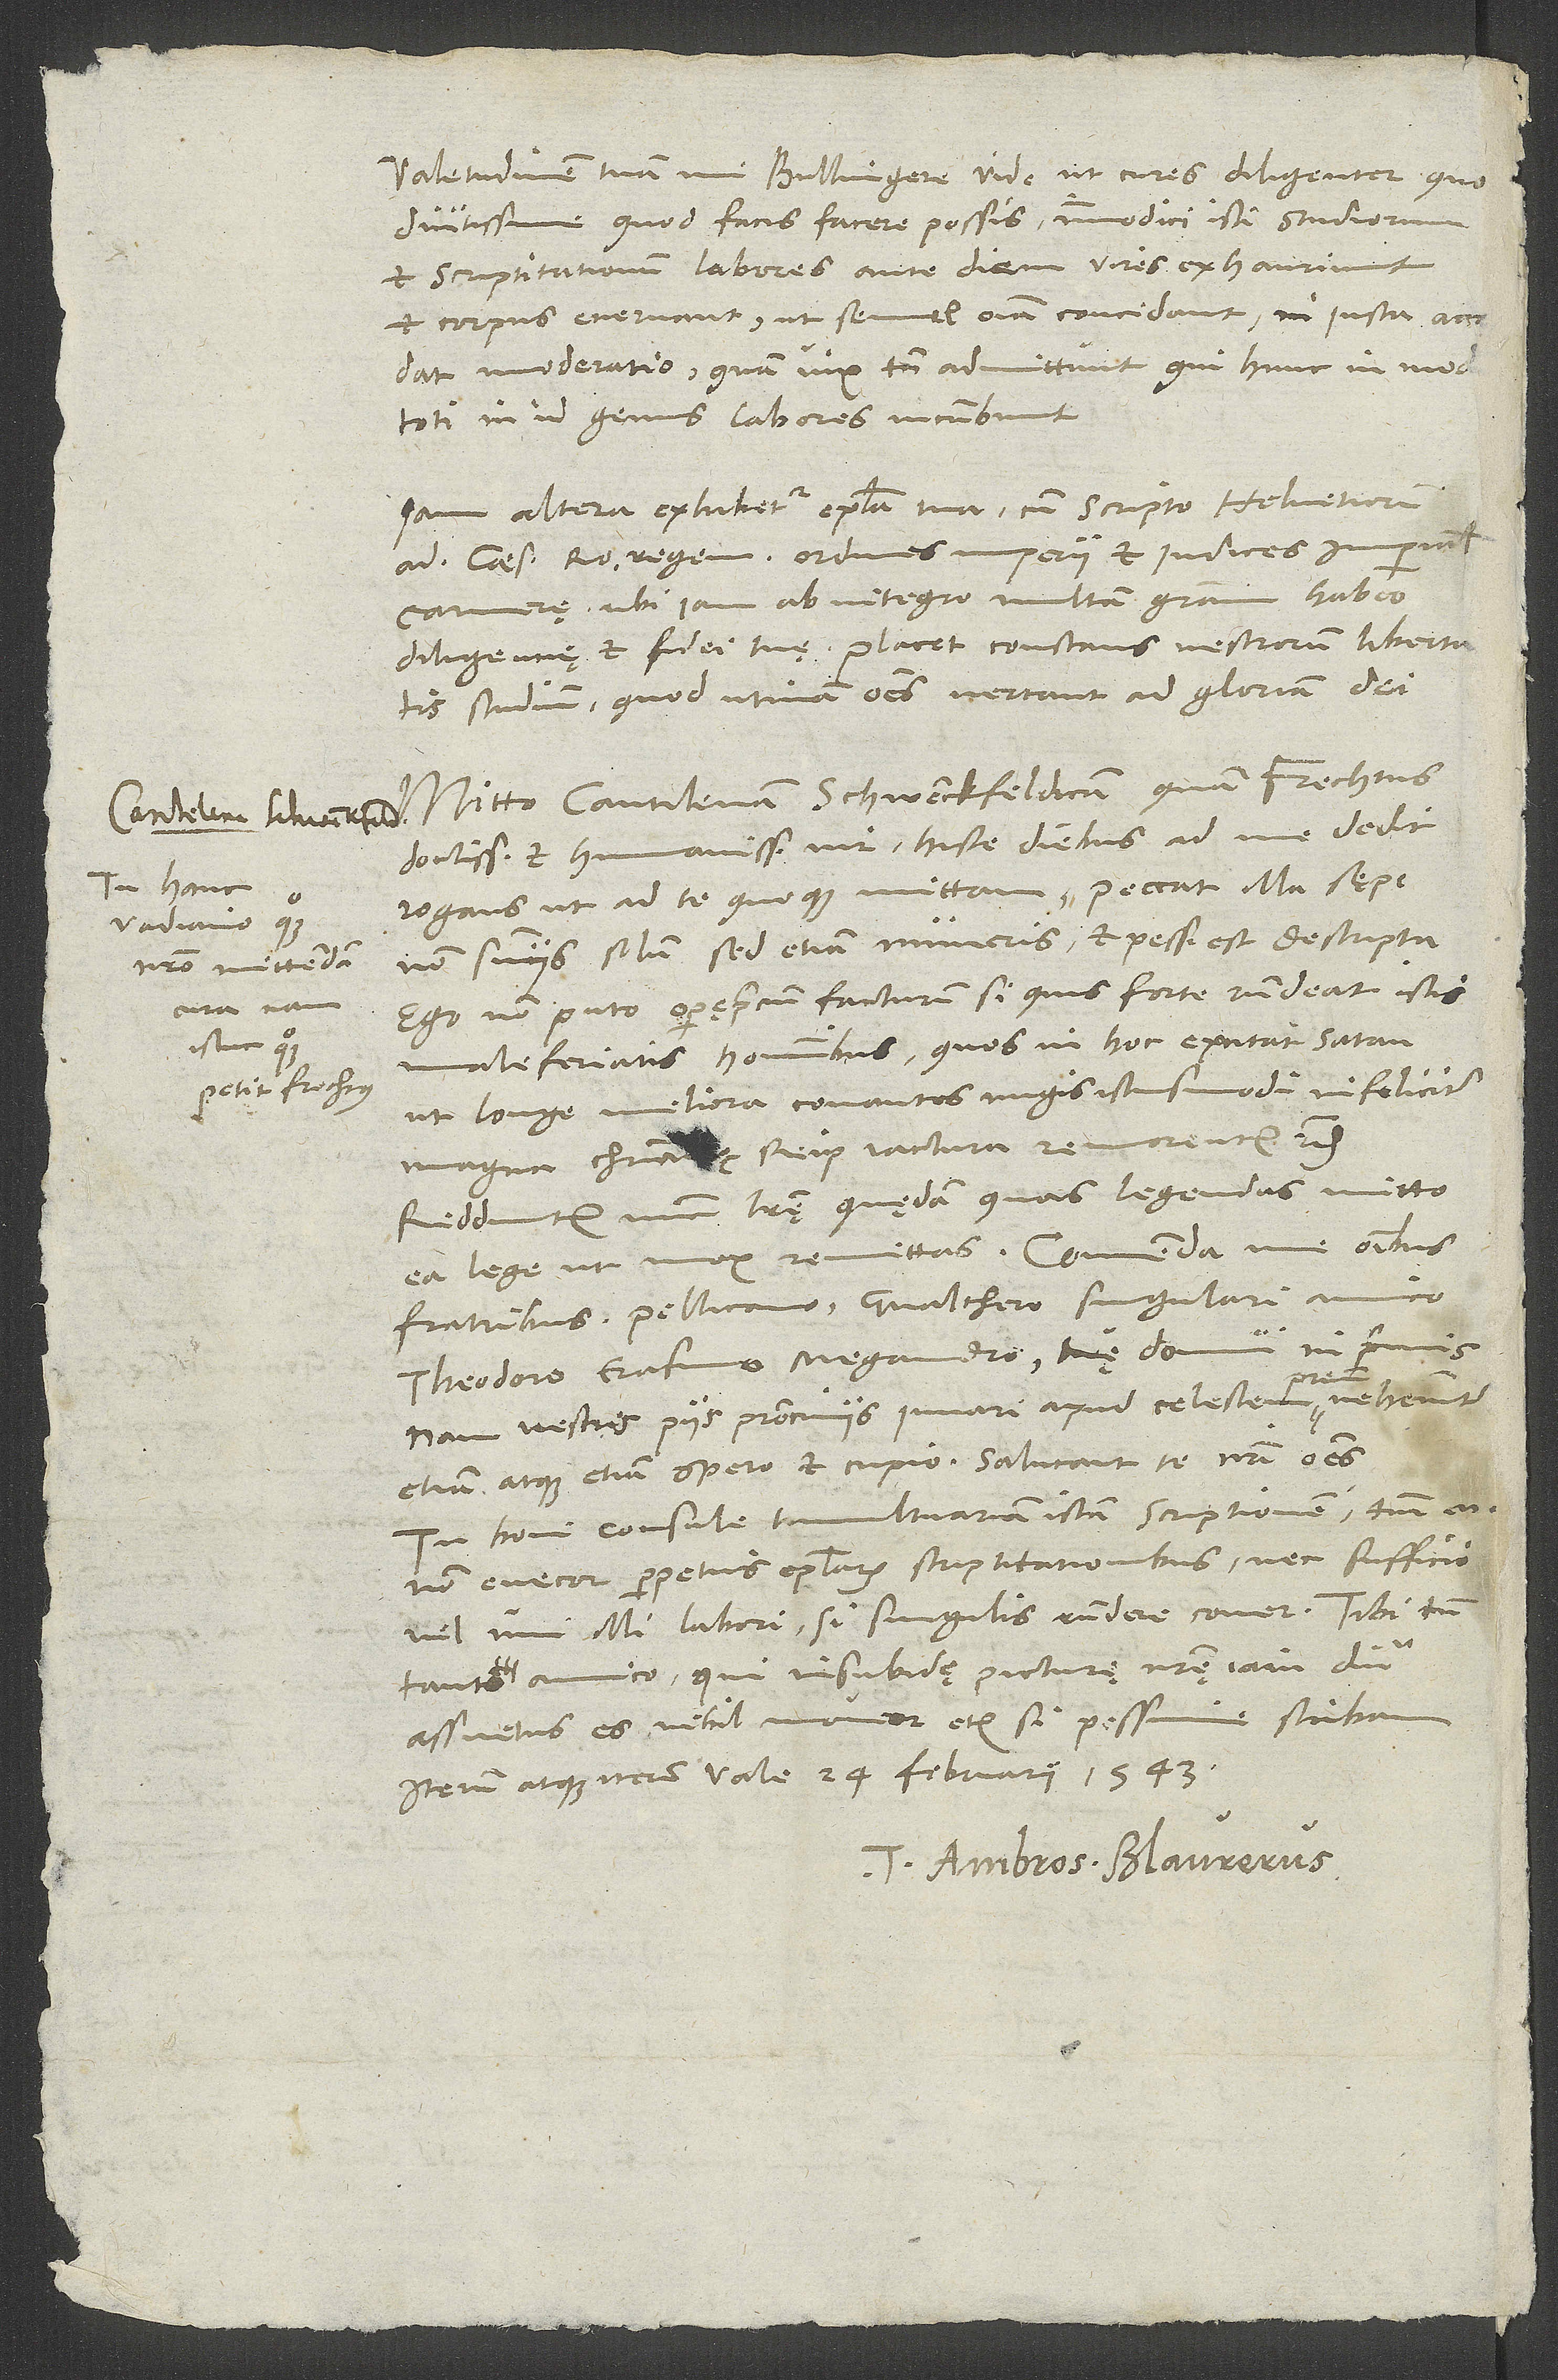
Tu hanc
Vadiano quoque
nostro mittendam
istuc quoque
petit Frechtus.

Valetudinem tuam, mi Bullingere, vide ut cures diligenter, quo
diutissime, quod facis, facere possis. Immodici isti studiorum
et scriptitationum labores ante diem vires exhauriunt
et corpus enervant, ut semel omnia concidant, ni iusta accedat
moderatio, quam vix tamen admittunt, qui hunc in mod
toti in id genus labores incumbunt.
Iam altera exhibetur epistola tua cum scripto Helvetiorum
ad caesarem, Romanorum regem, ordines imperii et iudices imperialis
camerę, ubi iam ab integro multam gratiam habeo
diligentię et fidei tuę. Placet constans vestrorum libertatis
studium, quod utinam omnes vertant ad gloriam dei.
Mitto cantilenam Schwenckfeldicam, quam Frechtus,
doctissimus et humanissimus vir, hisce diebus ad me dedit
non sententiis solum, sed etiam numeris, et pessime est descripta.
Ego non puto operęprecium facturum, si quis forte respondeat istis
maleferiatis hominibus, quos in hoc excitat satan,
ut longe meliora conantes nugis istiusmodi infeliciter
magna christianę et reipublicę iactura remorentur etc.
Redduntur nunc literę quędam, quas legendas mitto
fratribus, Pellicano, Gvalthero, singulari amico,
Theodoro, Erasmo, Megandro, tuę domui in primis;
nam vestris piis patrociniis iuvari apud celestem patrem vehementer
etiam atque etiam spero et cupio. Salutant te nostri omnes.
Tu boni consule tumultuariam istam scriptionem; tantum enim
non enecor perpetuis epistolarum scriptitationibus, nec sufficio
vel uni illi labori, si singulis respondere coner. Tibi tamen,
tanto amico, qui insubidę picturę nostrę iam diu
assuetus es, nihil moveor, etiam si pessime scribam.
Iterum atque iterum vale. 24. februarii 1543.
Tuus Ambros Blaurerus.